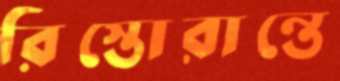
রিস্তোরান্তে